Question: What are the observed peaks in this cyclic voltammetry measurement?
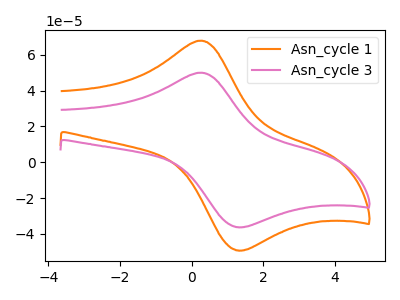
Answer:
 <answer>The orange curve "Asn_cycle 1" has an anodic peak at (0.25V, 67.80uA) and a cathodic peak at (1.25V, -49.10uA). The pink curve "Asn_cycle 3" has an anodic peak at (0.25V, 49.95uA) and a cathodic peak at (1.25V, -36.15uA).</answer>
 <eval></eval>